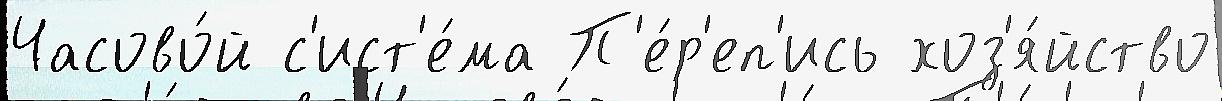
Часово́й с'ист'е́ма П'е́р'еп'ись хоз'я́йство